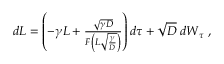
\begin{array} { r } { d L = \left( - \gamma L + \frac { \sqrt { \gamma D } } { F \left( L \sqrt { \frac { \gamma } { D } } \right) } \right) d \tau + \sqrt { D } \; d W _ { \tau } \ , } \end{array}